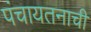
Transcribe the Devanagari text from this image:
पंचायतनाची